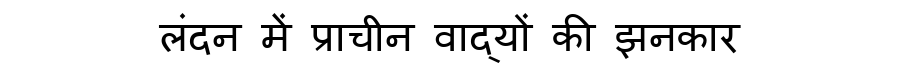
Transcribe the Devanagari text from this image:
लंदन में प्राचीन वाद्यों की झनकार